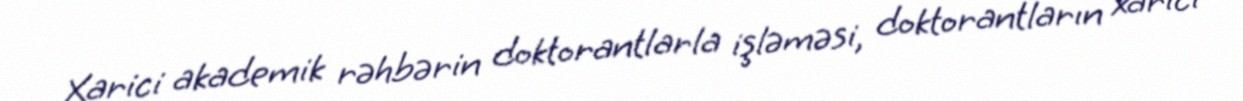
Xarici akademik rəhbərin doktorantlarla işləməsi, doktorantların xarici